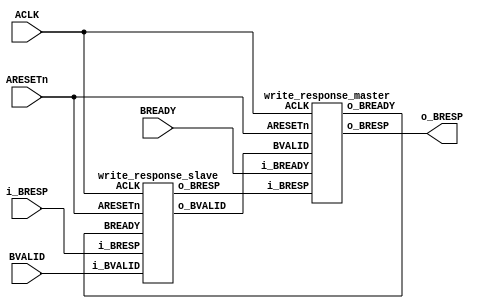
module write_response_ms(ACLK,ARESETn,BREADY, BVALID, i_BRESP, o_BRESP);
input ACLK, ARESETn;
input BVALID, BREADY;
input [1:0] i_BRESP;
output [1:0] o_BRESP;

wire o_BVALID, o_BREADY;
wire [1:0] w_BRESP;

write_response_slave resp_s(ACLK, ARESETn, BVALID, o_BVALID, o_BREADY, i_BRESP, w_BRESP);
write_response_master resp_m(ACLK,ARESETn, o_BVALID, BREADY, o_BREADY, w_BRESP, o_BRESP);

endmodule




module write_response_master(ACLK,ARESETn, BVALID, i_BREADY, o_BREADY, i_BRESP, o_BRESP);
input ACLK, ARESETn;
input i_BREADY, BVALID;
input [1:0] i_BRESP;

output reg [1:0] o_BRESP;
output reg o_BREADY;
	
 
always @(posedge ACLK) begin
 o_BREADY <= i_BREADY; 
 o_BRESP <= i_BRESP; 
if (ARESETn) begin   //RESET
o_BREADY <= 0;	
o_BRESP <= 0;
end
end

endmodule




module write_response_slave(ACLK, ARESETn,i_BVALID, o_BVALID, BREADY, i_BRESP, o_BRESP);
input ACLK, ARESETn;
input i_BVALID, BREADY;
input [1:0] i_BRESP;
	
output reg o_BVALID;
output reg [1:0] o_BRESP;
	        	
	

always @(posedge ACLK) begin
o_BVALID <= i_BVALID;
if(ARESETn)
begin    // RESET
o_BVALID <= 1'b0;
o_BRESP <= 1'b0;
end
else if(BREADY && o_BVALID)
o_BRESP <= i_BRESP;
else 
o_BRESP <= 2'b0;

end

endmodule